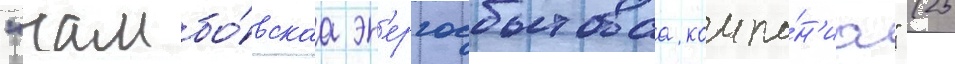
"тамбо́вскаа эн'ергосбытоваа компа́н'иа" (25